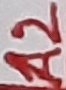
Text: A2